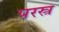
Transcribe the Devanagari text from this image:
परस्त्र